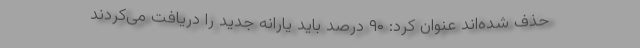
حذف ‌شده‌اند عنوان کرد: ۹۰ درصد باید یارانه جدید را دریافت می‌کردند